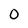
Character: 0